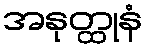
အနုတ္ထုနံ